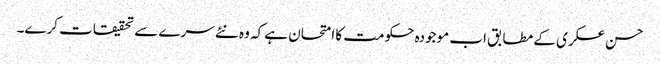
حسن عسکری کے مطابق اب موجودہ حکومت کا امتحان ہے کہ وہ نئے سرے سے تحقیقات کرے۔